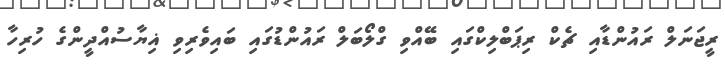
ރީޖަނަލް ރައުންޑާއި ޗެކް ރިޕަބްލިކްގައި ބޭއްވި ގްލޯބަލް ރައުންޑުގައި ބައިވެރިވި ޣިޔާސުއްދީންގެ ހުރިހާ